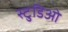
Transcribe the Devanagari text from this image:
स्टुडिओ